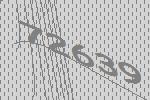
72639